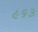
૯૬૩